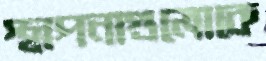
স্থাপনাগুলোকে